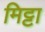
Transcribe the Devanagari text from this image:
मिट्टा